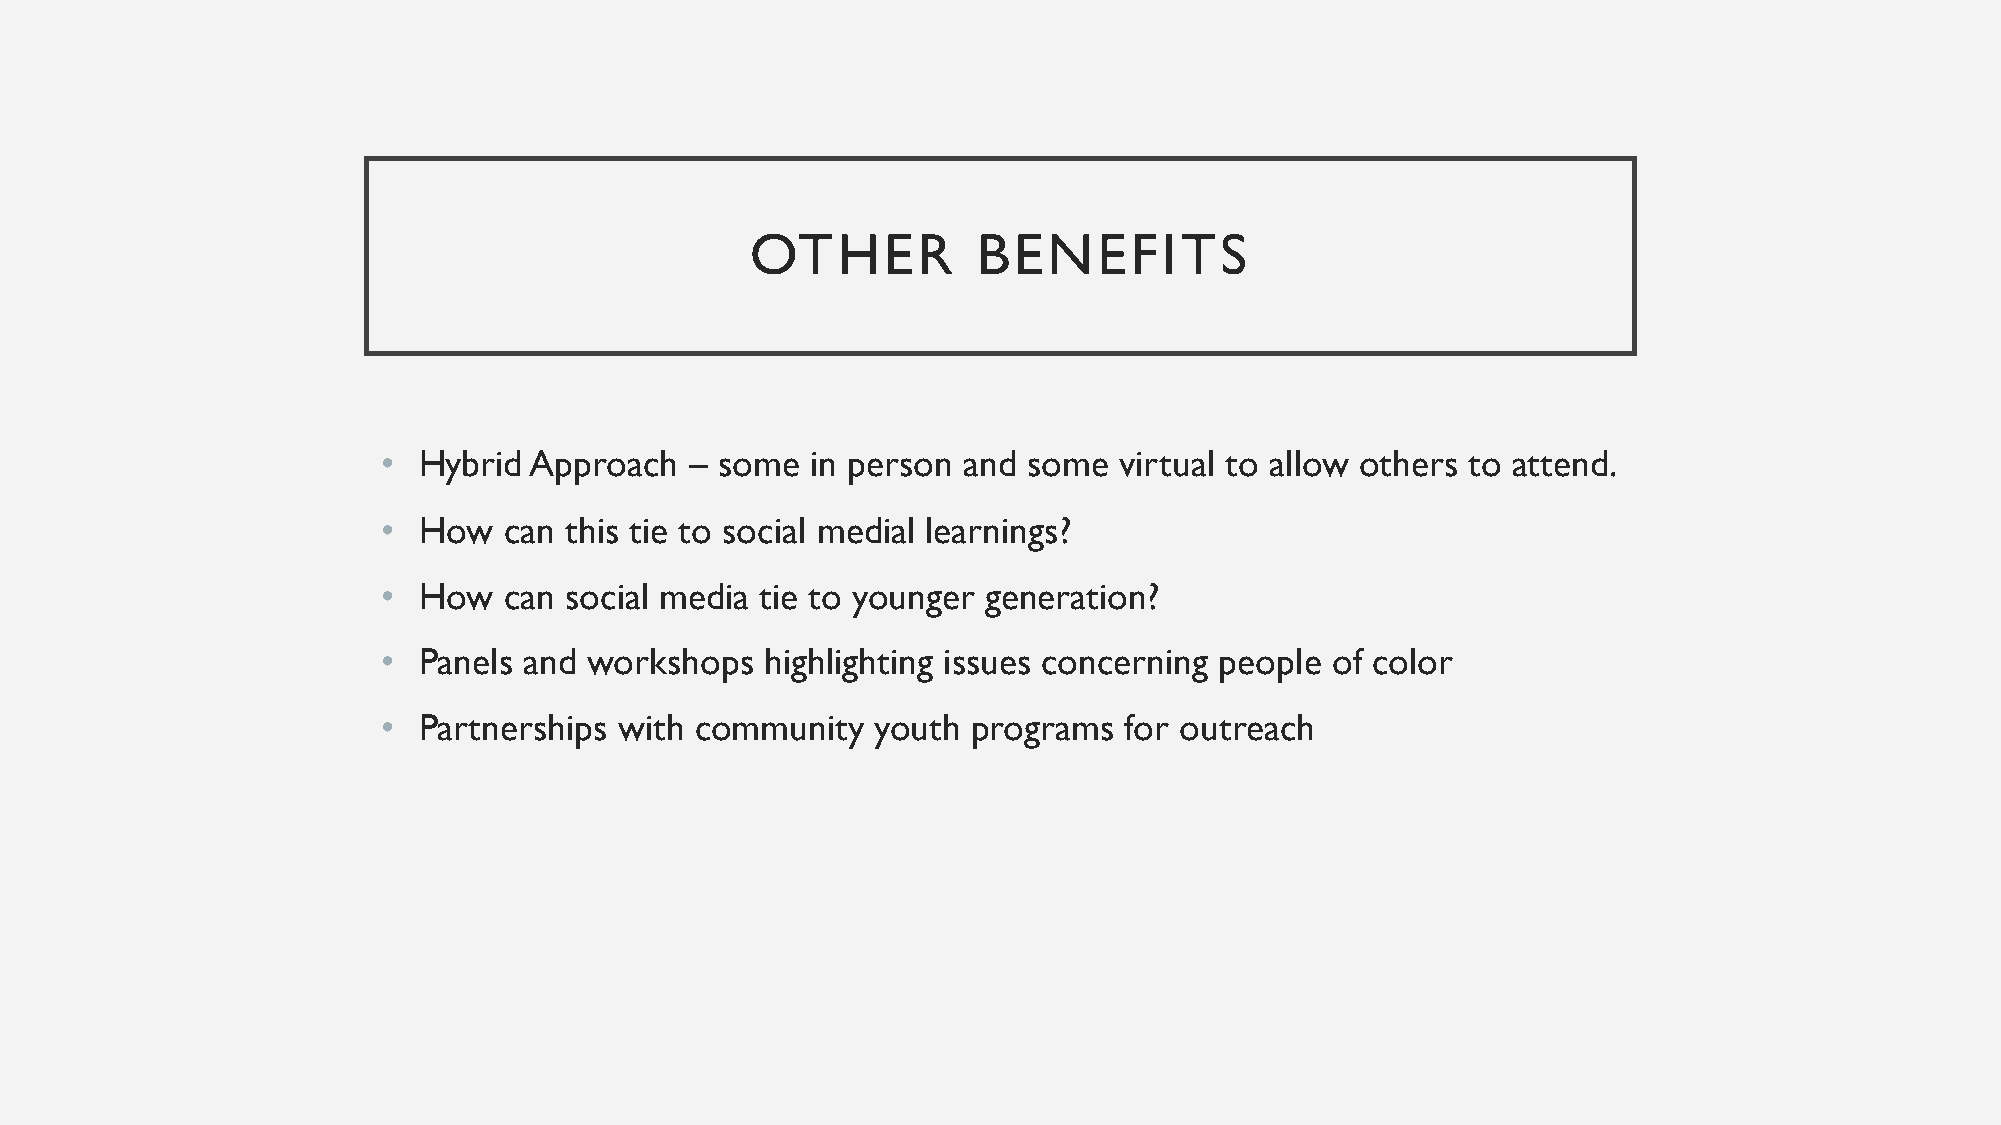
OTHER          BENEFITS
 •  Hybrid Approach   – some  in person and some  virtual to allow others to attend.
 •  How  can this tie to social medial learnings?
 •  How  can social media tie to younger generation?
 •  Panels and workshops   highlighting issues concerning people of color
 •  Partnerships with community   youth programs  for outreach